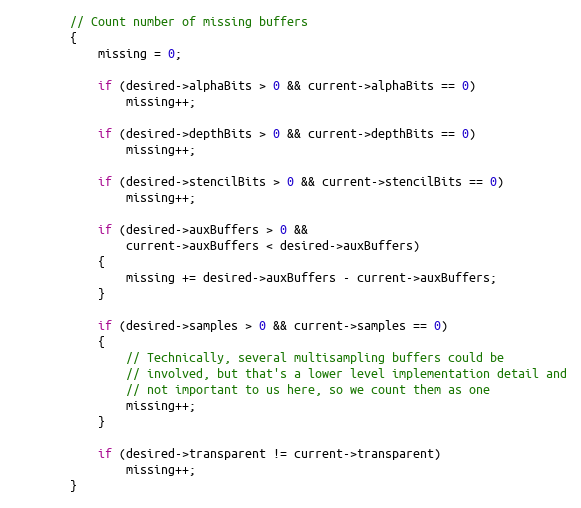
Language: C
        // Count number of missing buffers
        {
            missing = 0;

            if (desired->alphaBits > 0 && current->alphaBits == 0)
                missing++;

            if (desired->depthBits > 0 && current->depthBits == 0)
                missing++;

            if (desired->stencilBits > 0 && current->stencilBits == 0)
                missing++;

            if (desired->auxBuffers > 0 &&
                current->auxBuffers < desired->auxBuffers)
            {
                missing += desired->auxBuffers - current->auxBuffers;
            }

            if (desired->samples > 0 && current->samples == 0)
            {
                // Technically, several multisampling buffers could be
                // involved, but that's a lower level implementation detail and
                // not important to us here, so we count them as one
                missing++;
            }

            if (desired->transparent != current->transparent)
                missing++;
        }